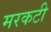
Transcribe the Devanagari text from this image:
मरकटी